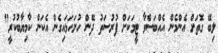
ލިބޭ ގޮތަށް އެންމެން އެއްބަސްވާ ޓީމަކަށް ފުރުސަތު ދޭން ހުށަހަޅައިގެން އެކަން ކާމިޔާބުކުރީ"